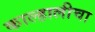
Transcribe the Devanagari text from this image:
काल्हालीचा